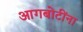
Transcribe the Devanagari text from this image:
आगबोटींना